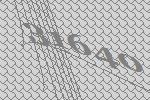
31640